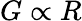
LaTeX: G\propto R